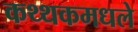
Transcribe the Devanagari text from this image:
कथ्थकमधले